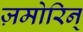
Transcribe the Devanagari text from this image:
ज़मोरिन्